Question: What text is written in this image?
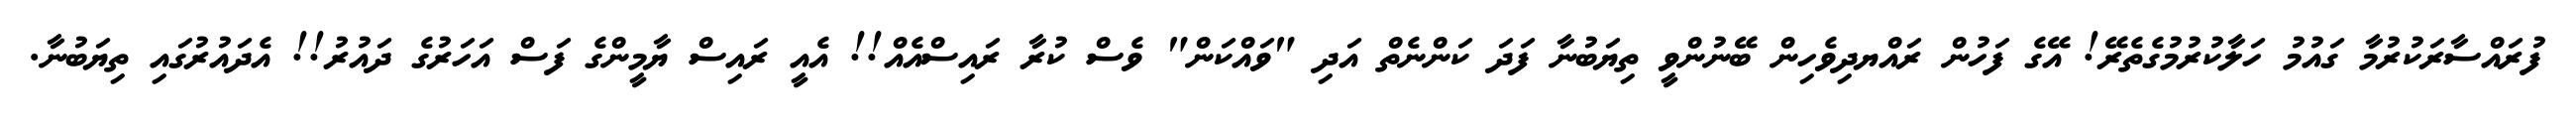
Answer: ފުރައްސާރަކުރުމާ ގައުމު ހަލާކުރުމުގެތެރޭ! އޭގެ ފަހުން ރައްޔދިވެހިން ބޭނުންވީ ތިޔަބުނާ ފަދަ ކަންނެތް އަދި "ވައްކަން" ވެސް ކުރާ ރައިސްއެއް!! އެއީ ރައިސް ޔާމީންގެ ފަސް އަހަރުގެ ދައުރު!! އެދައުރުގައި ތިޔަބުނާ.